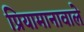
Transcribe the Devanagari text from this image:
प्रियामानावाले